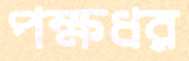
পক্ষধর